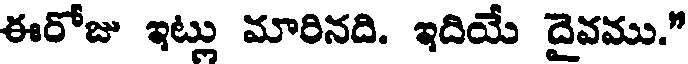
ఈరోజు ఇట్లు మారినది. ఇదియే దైవము."